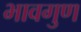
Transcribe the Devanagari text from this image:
भावगुण